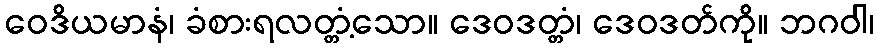
ဝေဒိယမာနံ၊ ခံစားရလတ္တံ့သော။ ဒေဝဒတ္တံ၊ ဒေဝဒတ်ကို။ ဘဂဝါ၊